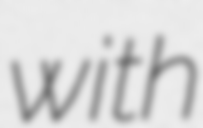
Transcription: with